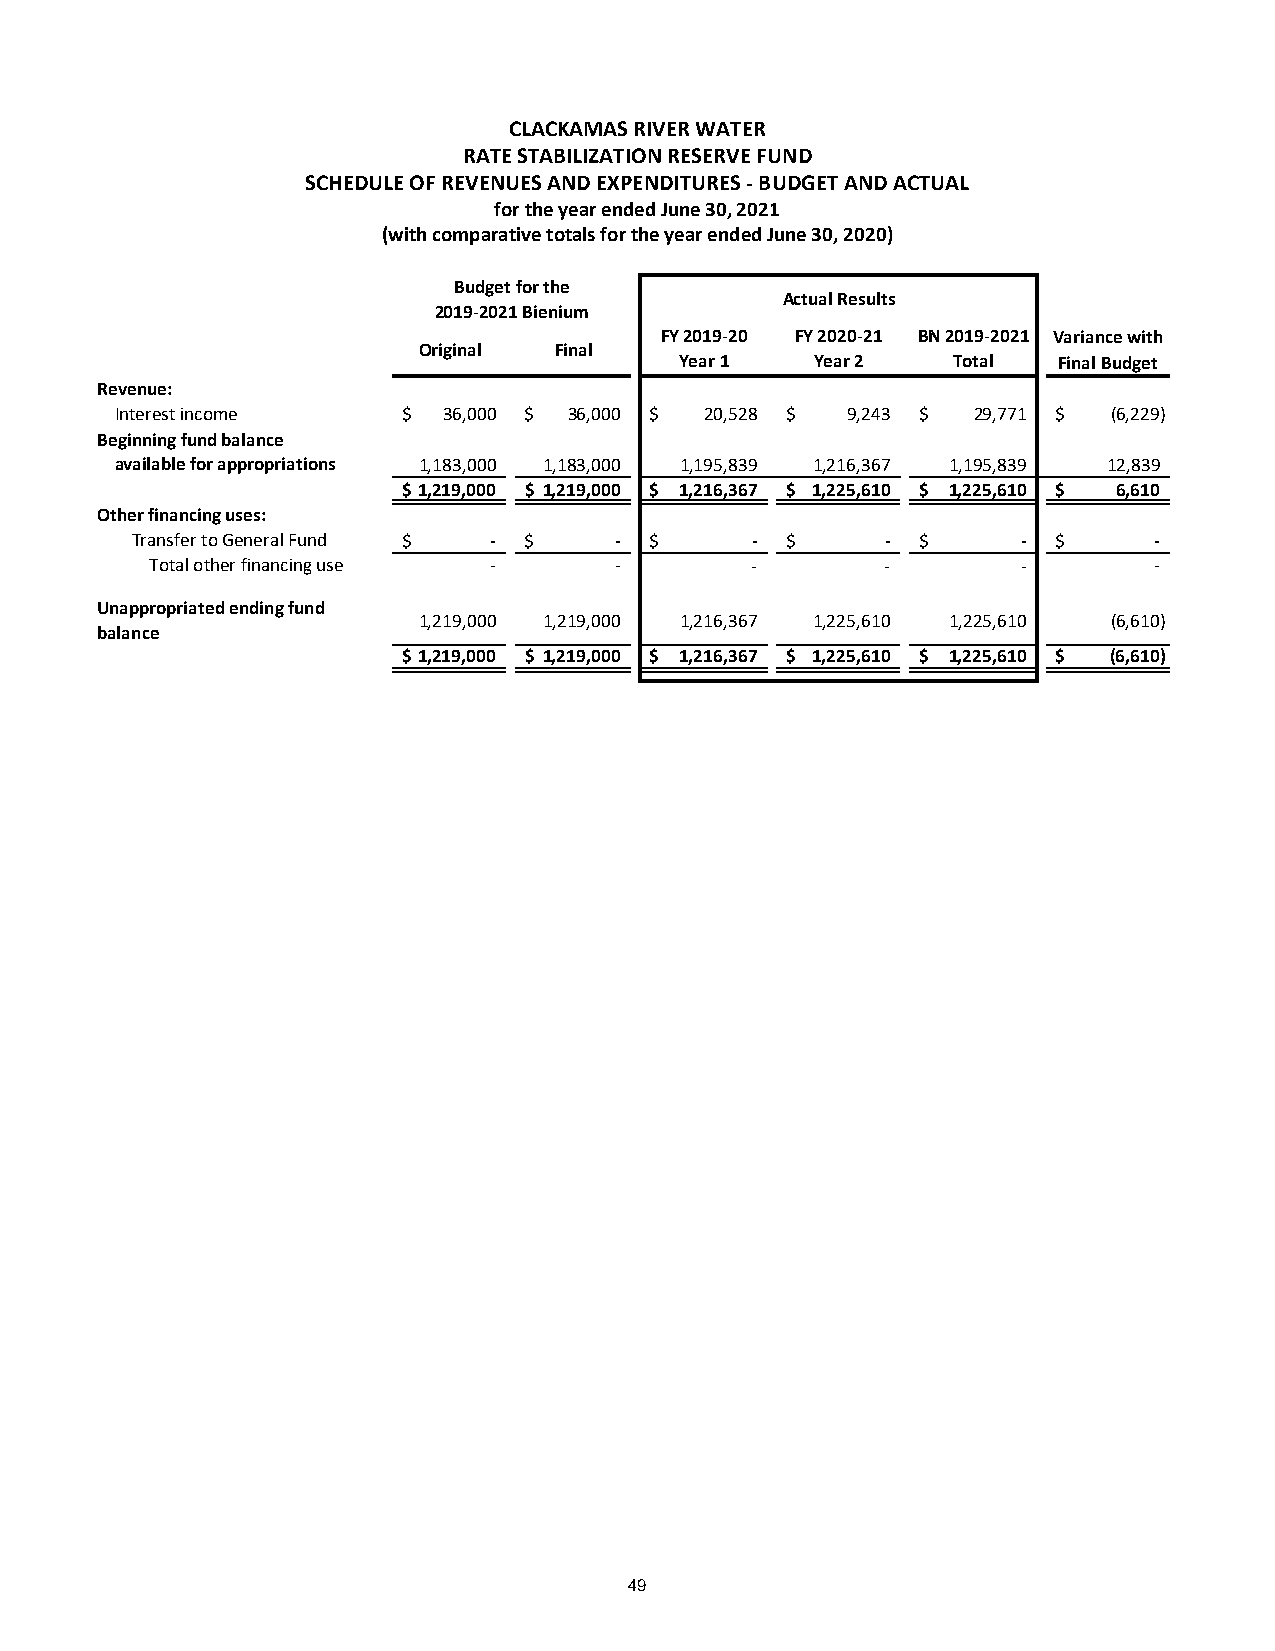
CLACKAMAS RIVER WATER
 RATE STABILIZATION RESERVE FUND
 SCHEDULE OF REVENUES AND EXPENDITURES - BUDGET AND ACTUAL
 for the year ended June 30, 2021
 (with comparative totals for the year ended June 30, 2020)
 Budget for the
 Actual Results
 2019-2021 Bienium
 FY 2019-20 FY 2020-21 BN 2019-2021 Variance with
 Original Final
 Year 1   Year 2   Total  Final Budget
 Revenue:
 Interest income    $ 36,000 $ 3 6,000 $ 20,528 $ 9,243 $ 29,771 $ (6,229)
 Beginning fund balance
 available for appropriations 1 ,183,000 1,183,000 1,195,839 1,216,367 1,195,839 12,839
 $ 1,219,000 $ 1 ,219,000 $ 1,216,367 $ 1 ,225,610 $ 1,225,610 $ 6 ,610
 Other financing uses:
 Transfer to General Fund $ - $  - $      - $      - $      - $     -
 Total other financing use -    -        -        -        -       -
 Unappropriated ending fund
 1 ,219,000 1,219,000 1,216,367 1,225,610 1,225,610 (6,610)
 balance
 $ 1,219,000 $ 1 ,219,000 $ 1,216,367 $ 1 ,225,610 $ 1,225,610 $ (6,610)
 49